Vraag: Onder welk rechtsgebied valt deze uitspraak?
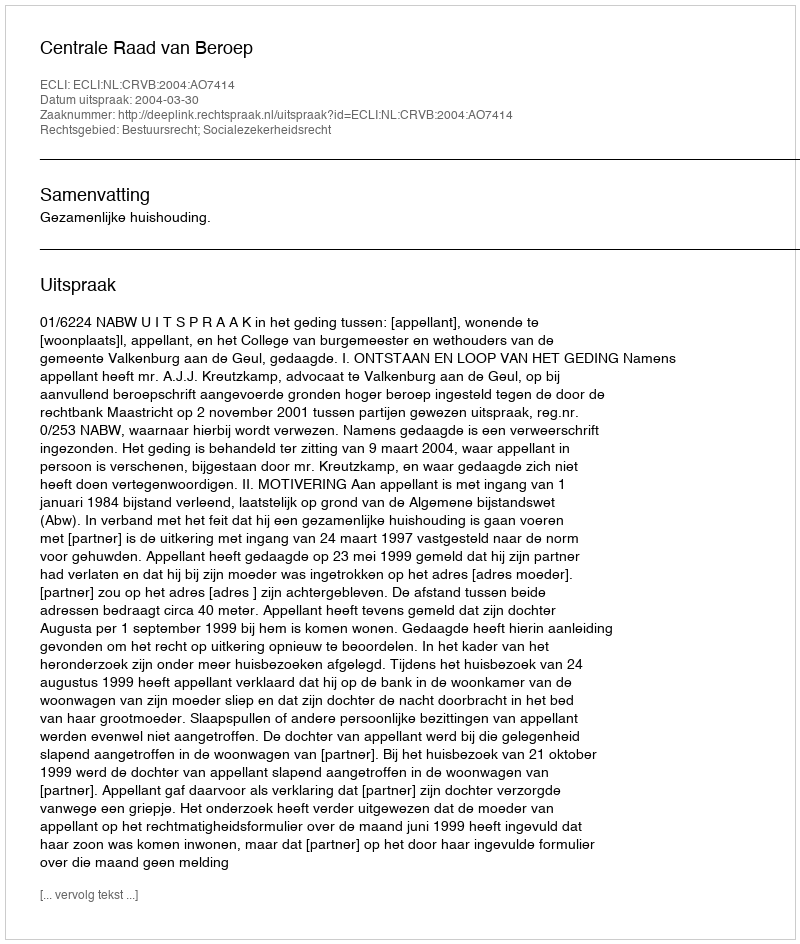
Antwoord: Bestuursrecht; Socialezekerheidsrecht